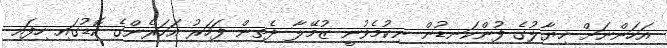
އަހަންނަށް ޚިޔާލުގެ ފުންކަނޑުން ނިކުމެވުނީ ޒުމޭލާ ދެތިން ފަހަރު އަހަރެންގެ ކޮޑުގައި ހިފައި